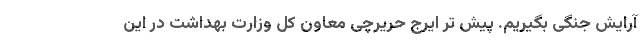
آرایش جنگی بگیریم. پیش تر ایرج حریرچی معاون کل وزارت بهداشت در این